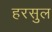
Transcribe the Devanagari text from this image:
हरसुल